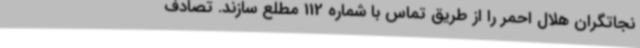
نجاتگران هلال احمر را از طریق تماس با شماره 112 مطلع سازند. تصادف